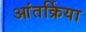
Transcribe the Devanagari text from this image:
आंतर्क्रिया